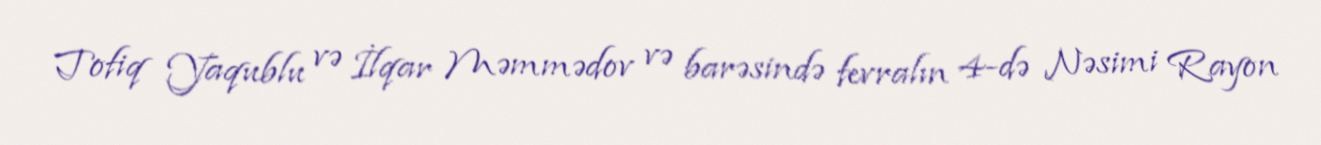
Tofiq Yaqublu və İlqar Məmmədov və barəsində fevralın 4-də Nəsimi Rayon